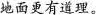
地面更有道理。